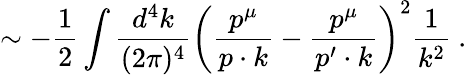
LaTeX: \sim-{\frac{1}{2}}\int{\frac{d^{4}k}{(2\pi)^{4}}}\left({\frac{p^{\mu}}{p\cdot k}}-{\frac{p^{\mu}}{p^{\prime}\cdot k}}\right)^{2}{\frac{1}{k^{2}}}\ .